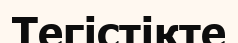
Тегістікте